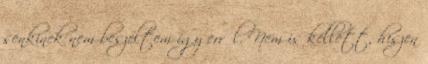
senkinek nem beszéltem így erről. Nem is kellett, hiszen